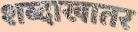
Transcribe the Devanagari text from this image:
शब्दाखातर